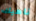
ناهيك